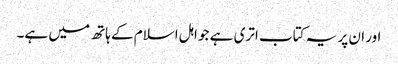
اور ان پر یہ کتاب اتری ہے جو اہل اسلام کے ہاتھ میں ہے۔